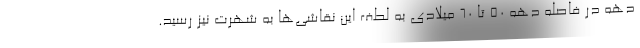
دهه در فاصله دهه ۵۰ تا ۶۰ میلادی به لطف این نقاشی‌ها به شهرت نیز رسید.